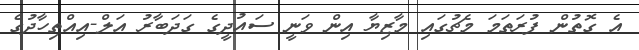
އެ ގޮތުން ފުރަތަމަ މެޗުގައި މާޒިޔާ އިން ވަނީ ސައުދީގެ ގަދަބާރު އަލް-އިއްތިހާދުގެ